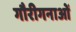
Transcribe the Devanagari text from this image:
गौरीगनाओं